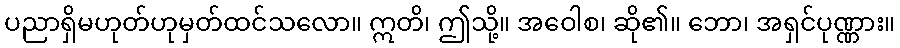
ပညာရှိမဟုတ်ဟုမှတ်ထင်သလော။ ဣတိ၊ ဤသို့။ အဝေါစ၊ ဆို၏။ ဘော၊ အရှင်ပုဏ္ဏား။